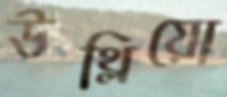
উথ্‌লিয়ো